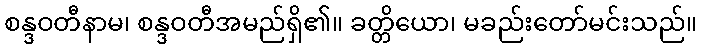
စန္ဒဝတီနာမ၊ စန္ဒဝတီအမည်ရှိ၏။ ခတ္တိယော၊ မခည်းတော်မင်းသည်။